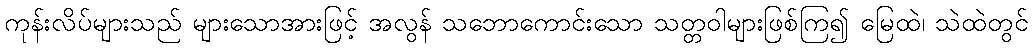
ကုန်းလိပ်များသည် များသောအားဖြင့် အလွန် သဘောကောင်းသော သတ္တဝါများဖြစ်ကြ၍ မြေထဲ၊ သဲထဲတွင်